Annual report on the working of the mental hospitals in the Madras Presidency - 1912-1932
Year: 1912
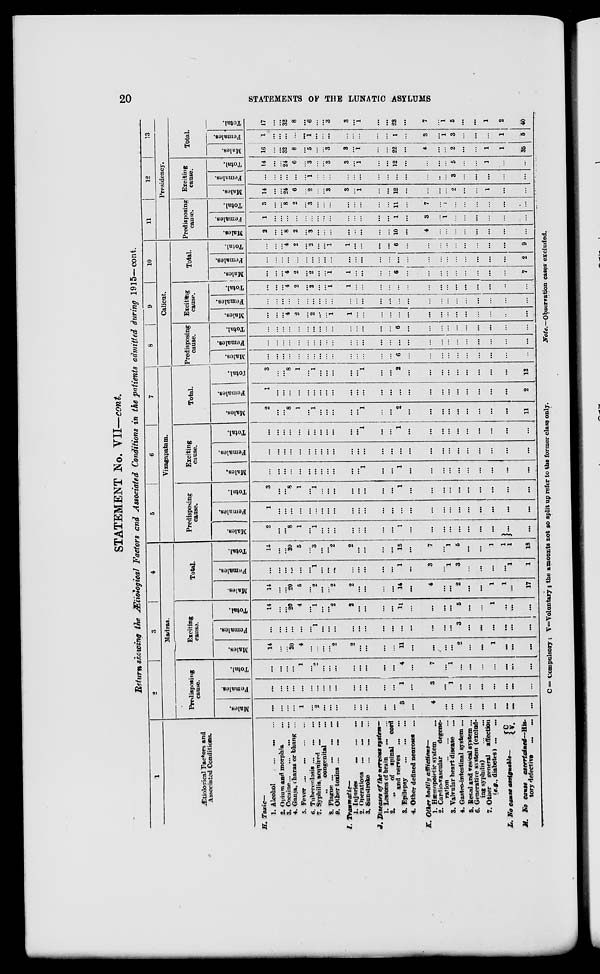
20
STATEMENTS OF THE LUNATIC ASYLUMS
STATEMENT No. VII—cont.
Return showing the Ætiological Factors and Associated Conditions in the patients admitted during 1915—cont.
1
Ætiological Factors and
Associated Conditions.
H. Toxic—
1. Alcohol ... ... ...
2. Opium and morphia ...
3. Cocaine ... ... ... ...
4. Ganja, charas or bhang ...
5. Fever
...
...
...
...
6. Tuberculosis ... ... ...
7. Syphilis, acquired ... ...
„
congenital ...
8. Plague ... ... ... ...
9. Other toxins ... ... ...
I.
Traumatic—
1. Injuries
...
...
...
2. Operations
...
...
...
3. Sunstroke ... ... ...
J. Diseases of the nervous system—
1. Lesions of brain
...
...
2. „ of spinal cord
and nerves ... ...
3. Epilepsy
...
...
...
4. Other defined neuroses ...
K. Other bodily afflictions—
1. Hæmopoietic system ...
2. Cardio-vascular
degene-
ration
...
...
...
3. Valvular heart disease ...
4. Gastro-intestinal system ...
5. Renal and vesical system ...
6. Generative system (exclud-
ing syphilis) ... ...
7. Other general affection
(e.g., diabetes) ... ...
L. No cause assignable—
C.
V.
M. No cause
ascertained—His-
tory defective
...
...
2
3
4
Madras.
Predisposing
cause.
Males.
...
...
...
...
1
...
2
...
...
...
...
...
...
...
...
3
...
4
...
...
...
...
...
...
...
...
...
Females.
...
...
...
...
...
...
...
...
...
...
...
...
...
...
...
1
...
3
...
1
...
...
...
...
...
...
...
Total.
...
...
...
...
1
...
2
...
...
...
...
...
...
...
...
4
...
7
...
1
...
...
...
...
...
...
...
Exciting
cause.
Males.
14
...
...
20
4
...
...
...
...
2
2
...
...
...
...
11
...
...
...
...
2
...
...
1
...
...
...
Females.
...
...
...
...
...
...
1
...
...
...
...
...
...
...
...
...
...
...
...
...
3
...
...
...
...
...
...
Total.
14
...
...
20
4
...
1
...
... 2
2
...
...
...
...
11
...
...
...
...
5
...
...
1
...
...
...
Total.
Males.
14
...
...
20
5
...
2
...
...
2
2
...
...
...
...
14
...
4
...
...
2
...
...
1
1
...
17
Famales.
...
...
...
...
...
...
1
...
...
...
...
...
...
...
...
1
...
3
...
1
3
...
...
...
...
1
1
Total.
14
...
...
20
5
...
3
...
...
2
2
...
...
...
...
15
...
7
...
1
5
...
...
1
1
1
18
5
6
7
Vizagapatam.
Predisposing
cause.
Males.
2
...
...
8
1
...
1
...
...
...
...
...
...
...
...
1
...
...
...
...
...
...
...
...
...
...
Females.
1
...
...
...
...
...
...
...
...
...
...
...
...
...
...
...
...
...
...
...
...
...
...
...
...
...
Total.
3
...
...
8
1
...
...
...
...
...
...
...
...
...
...
1
...
...
...
...
...
...
...
...
...
...
Exciting
cause.
Males.
...
...
...
...
...
...
...
...
...
...
...
...
1
...
...
1
...
...
...
...
...
...
...
...
...
...
Females.
...
...
...
...
...
...
...
...
...
...
...
...
...
...
...
...
...
...
...
...
...
...
...
...
...
...
Total.
...
...
...
...
...
...
...
...
...
...
...
...
1
...
...
1
...
...
...
...
...
...
...
...
...
...
Total.
Males.
2
...
...
8
1
...
...
...
...
...
...
...
1
...
...
2
...
...
...
...
...
...
...
...
...
11
Females.
1
...
...
...
...
...
...
...
...
...
...
...
...
...
...
...
...
...
...
...
...
...
...
...
...
2
Total.
3
...
...
8
1
...
1
...
...
...
...
...
1
...
...
2
...
...
...
...
...
...
...
...
...
13
8
9
10
Calicut.
Predisposing
cause.
Males.
...
...
...
...
...
...
...
...
...
...
...
...
...
...
...
6
...
...
...
...
...
...
...
...
...
...
Females.
...
...
...
...
...
...
...
...
...
...
...
...
...
...
...
...
...
...
...
...
...
...
...
...
...
...
Total.
...
...
...
...
...
...
...
...
...
...
...
...
...
...
...
6
...
...
...
...
...
...
...
...
...
...
Excititig
cause.
Males.
...
...
...
4
2
...
2
...
...
1
1
...
...
...
...
...
...
...
...
...
...
...
...
...
...
...
Females.
...
...
...
...
...
...
...
...
...
...
...
...
...
...
...
...
...
...
...
...
...
...
...
...
...
...
Total.
...
...
...
4
2
...
2
...
...
1
1
...
...
...
...
...
...
...
...
...
...
...
...
...
...
...
Total.
Males.
...
...
...
4
2
...
2
...
... 1
1
...
...
...
...
6
...
...
...
...
...
...
...
...
...
7
Females.
...
...
...
...
...
...
...
...
...
...
...
...
...
...
...
...
...
...
...
...
...
...
...
...
...
2
Total.
...
...
...
4
2
...
2
...
...
1
1
...
...
...
...
6
...
...
...
...
...
...
...
...
...
9
11
12
13
Presidency.
Predisposing
cause.
Males.
2
...
...
8
2
...
3
...
...
...
...
...
...
...
...
10
...
4
...
...
...
...
...
...
...
...
Females.
1
...
...
...
...
...
...
...
...
...
...
...
...
...
...
1
...
3
...
1
...
...
...
...
...
...
Total.
3
...
...
8
2
...
3
...
...
...
...
...
...
...
...
11
...
7
...
1
...
...
...
...
...
...
Exciting
cause.
Males.
14
...
...
24
6
...
2
...
...
3
3
...
1
...
...
12
...
...
...
...
2
...
...
1
...
...
Females.
...
...
...
...
...
...
1 ...
...
...
...
...
...
...
...
...
...
...
...
...
3
...
...
...
...
...
Total.
14
...
...
24
6
...
3
...
...
3
3
...
1
...
...
12
...
...
...
...
5
...
...
1
...
...
Total.
Males.
16
...
...
32
8
...
5
...
...
3
3
...
1
...
...
22
...
4
...
...
2
...
...
1
1
35
Females.
1
...
...
...
...
...
1
...
...
...
...
...
...
...
...
1
...
3
...
1
3
...
...
...
1
6
Total.
17
...
...
32
8
...
6
...
...
3
3
...
1
...
...
23
...
7
...
1
5
...
...
1
2
40
C = Compulsory ; V= Voluntary ; the amounts not so split up refer to the former class only.
Note.—Observation cases excluded.